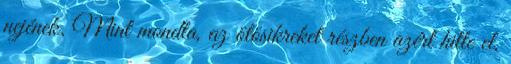
nejének. Mint mondta, az ötösikreket részben azért hitte el,